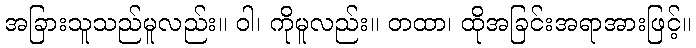
အခြားသူသည်မူလည်း။ ဝါ၊ ကိုမူလည်း။ တထာ၊ ထိုအခြင်းအရာအားဖြင့်။